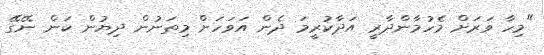
"މިހާ ވަރަށް މެހުމާންދާރީ އަދާކުރީމަ ދެން އަވަހަށް މިތަނުން ދިޔުން ކަން ނޭގޭ